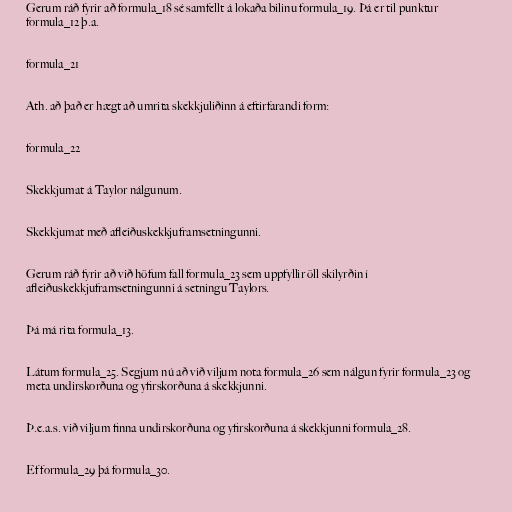
Gerum ráð fyrir að formula_18 sé samfellt á lokaða bilinu formula_19. Þá er til punktur
formula_12 þ.a.

formula_21

Ath. að það er hægt að umrita skekkjuliðinn á eftirfarandi form:

formula_22

Skekkjumat á Taylor nálgunum.

Skekkjumat með afleiðuskekkjuframsetningunni.

Gerum ráð fyrir að við höfum fall formula_23 sem uppfyllir öll skilyrðin í
afleiðuskekkjuframsetningunni á setningu Taylors.

Þá má rita formula_13.

Látum formula_25. Segjum nú að við viljum nota formula_26 sem nálgun fyrir formula_23 og
meta undirskorðuna og yfirskorðuna á skekkjunni.

Þ.e.a.s. við viljum finna undirskorðuna og yfirskorðuna á skekkjunni formula_28.

Ef formula_29 þá formula_30.